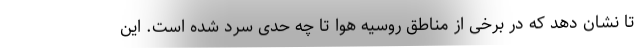
تا نشان دهد که در برخی از مناطق روسیه هوا تا چه حدی سرد شده است. این